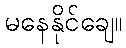
မနေနိုင်ချေ။